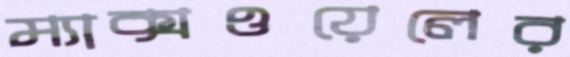
ম্যাক্সওয়েলের